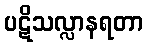
ပဋိသလ္လာနရတာ